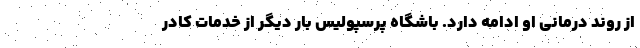
از روند درمانی او ادامه دارد. باشگاه پرسپولیس بار دیگر از خدمات کادر